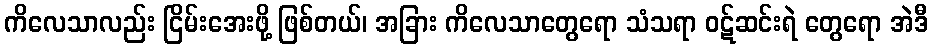
ကိလေသာလည်း ငြိမ်းအေးဖို့ ဖြစ်တယ်၊ အခြား ကိလေသာတွေရော သံသရာ ဝဋ်ဆင်းရဲ တွေရော အဲဒီ